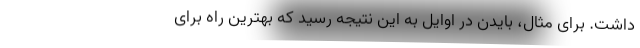
داشت. برای مثال، بایدن در اوایل به این نتیجه رسید که بهترین راه برای